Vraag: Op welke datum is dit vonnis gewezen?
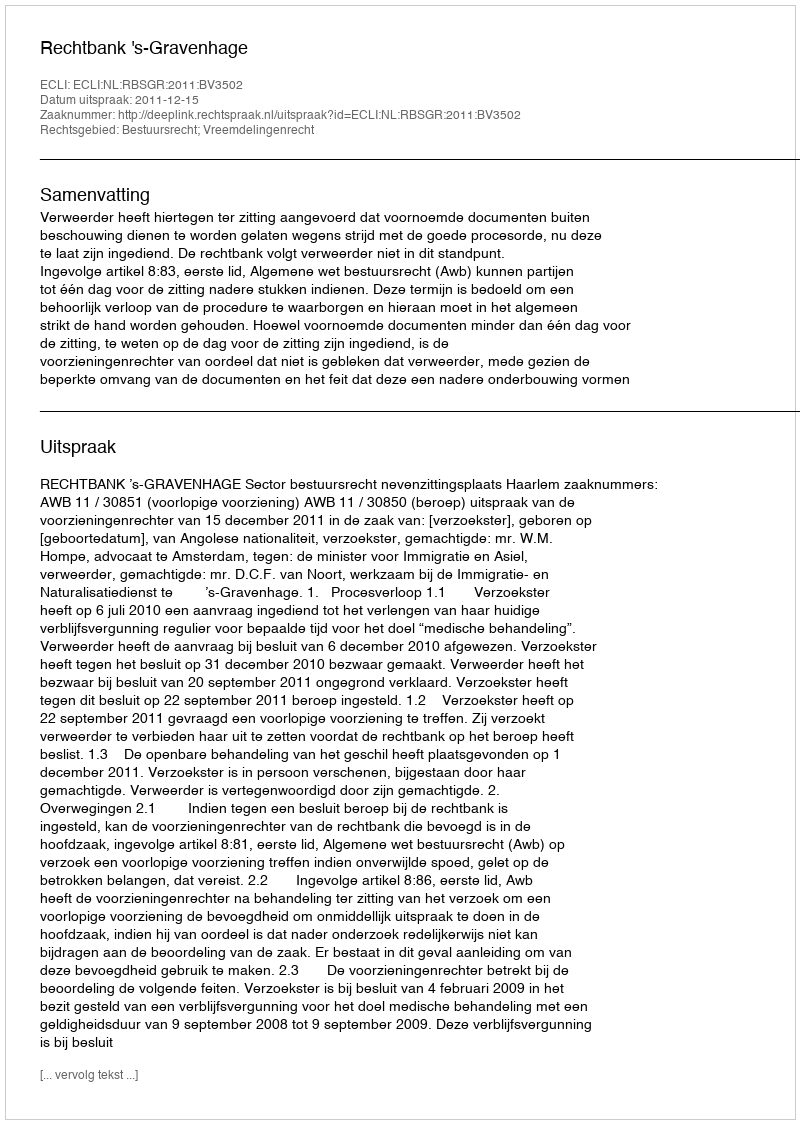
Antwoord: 2011-12-15